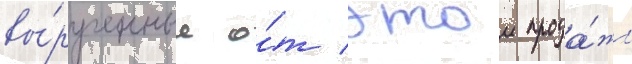
вы́рученные о́т этои прода́жи